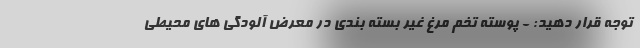
توجه قرار دهید: - پوسته تخم مرغ غیر بسته بندی در معرض آلودگی های محیطی